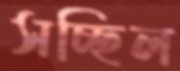
সচ্ছিল